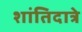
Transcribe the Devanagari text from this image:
शांतिदात्रे